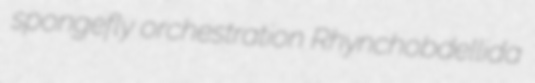
spongefly orchestration Rhynchobdellida